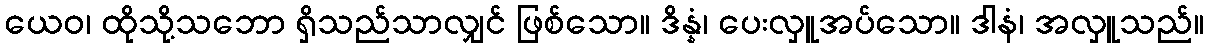
ယေဝ၊ ထိုသို့သဘော ရှိသည်သာလျှင် ဖြစ်သော။ ဒိန္နံ၊ ပေးလှူအပ်သော။ ဒါနံ၊ အလှူသည်။